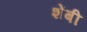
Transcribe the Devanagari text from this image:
शेंबी